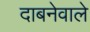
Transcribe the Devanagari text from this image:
दाबनेवाले